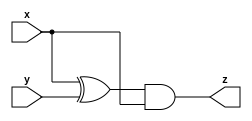
// This program was cloned from: https://github.com/matthewdelorenzo/CreativEval
// License: BSD 3-Clause "New" or "Revised" License

module top_module (input x, input y, output z);
    assign z = (x ^ y) & x;
endmodule